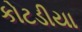
કોટડીયા